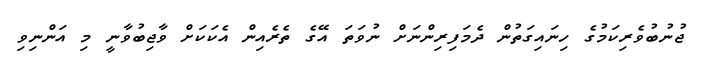
ޖުނުބުވެރިކަމުގެ ހިނައިގަތުން ދެމަފިރިންނަށް ނުވަތަ އޭގެ ތެރެއިން އެކަކަށް ވާޖިބުވާނީ މި އަންނިވި